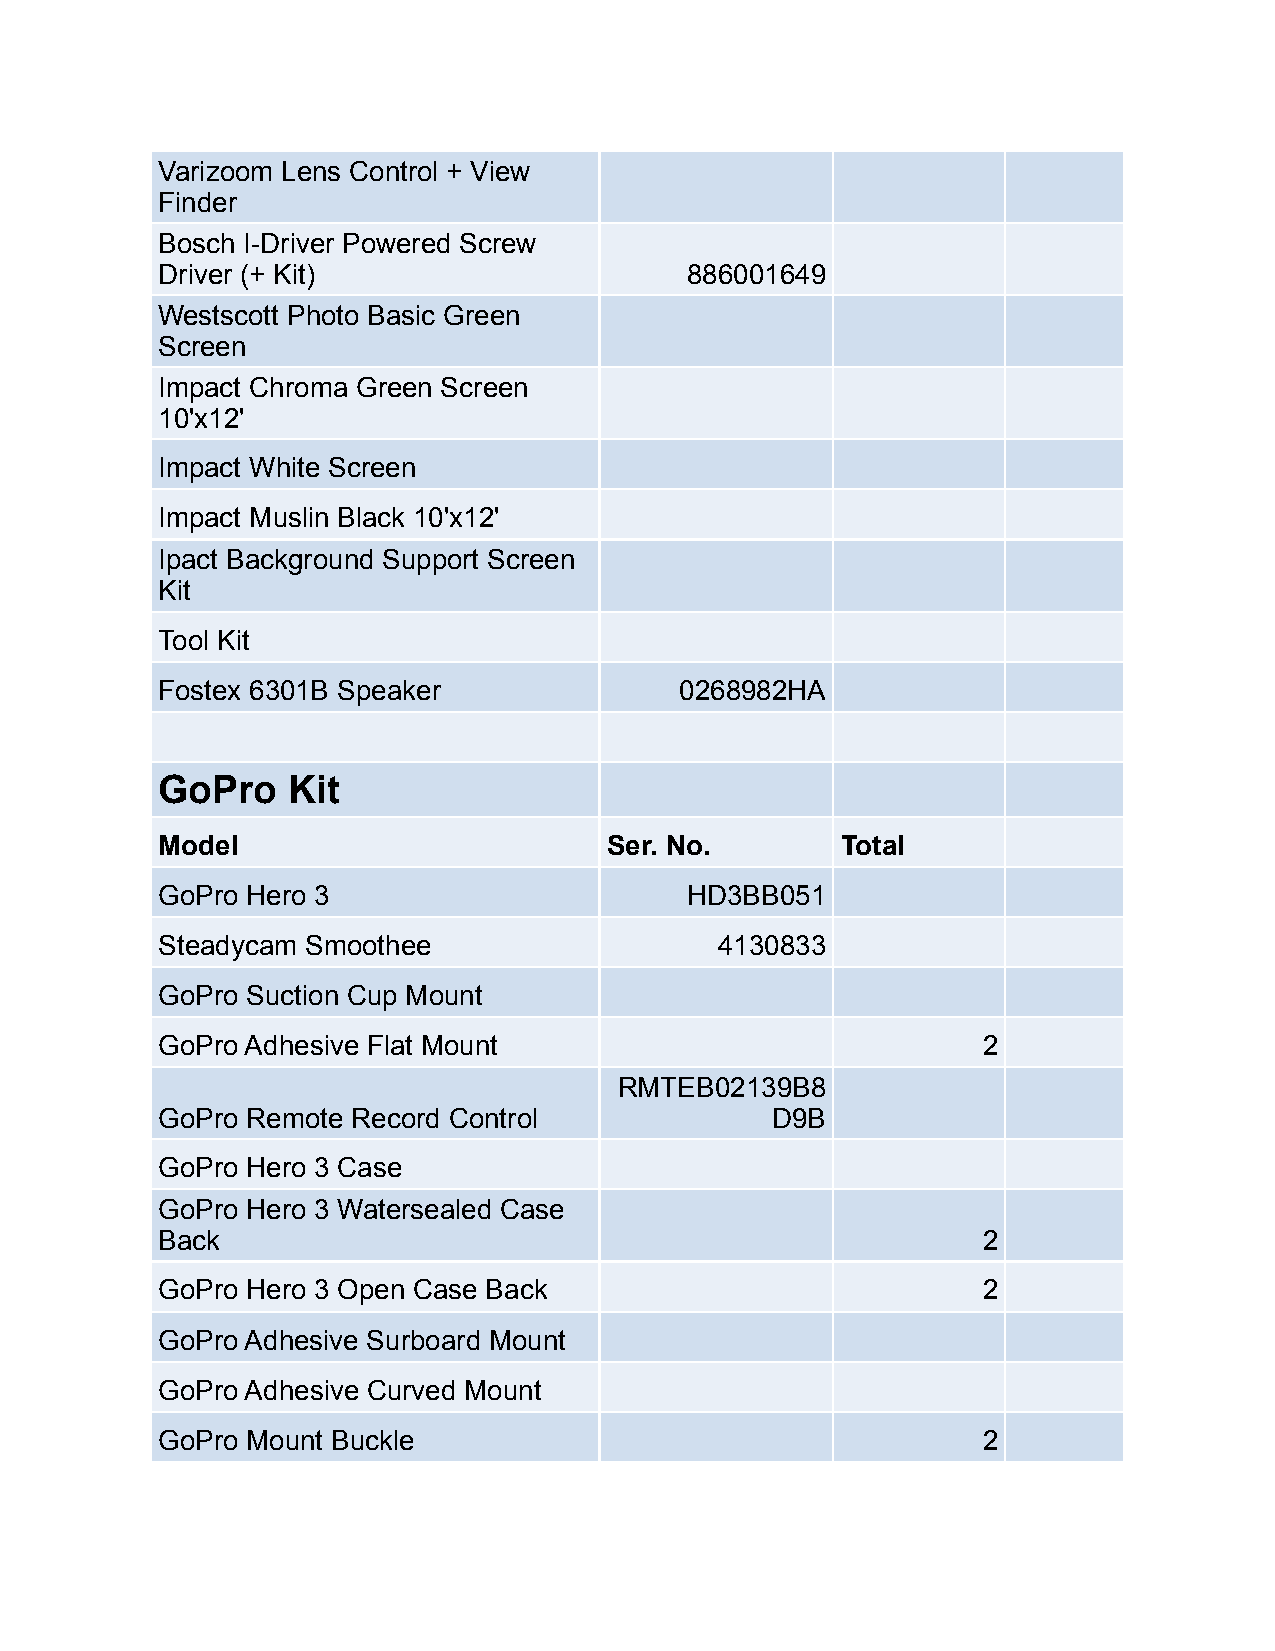
Varizoom Lens Control + View
 Finder
 Bosch I-Driver Powered Screw
 Driver (+ Kit)                     886001649
 Westscott Photo Basic Green
 Screen
 Impact Chroma Green Screen
 10'x12'
 Impact White Screen
 Impact Muslin Black 10'x12'
 Ipact Background Support Screen
 Kit
 Tool Kit
 Fostex 6301B Speaker               0268982HA
 GoPro    Kit
 Model                         Ser. No.        Total
 GoPro Hero 3                       HD3BB051
 Steadycam Smoothee                    4130833
 GoPro Suction Cup Mount
 GoPro Adhesive Flat Mount                              2
 RMTEB02139B8
 GoPro Remote Record Control              D9B
 GoPro Hero 3 Case
 GoPro Hero 3 Watersealed Case
 Back                                                   2
 GoPro Hero 3 Open Case Back                            2
 GoPro Adhesive Surboard Mount
 GoPro Adhesive Curved Mount
 GoPro Mount Buckle                                     2